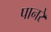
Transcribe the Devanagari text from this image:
पानरे